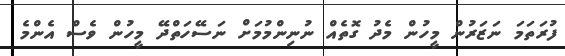
ފުރަތަމަ ނަޒަރުން މީހުން މެދު ގޮތެއް ނުނިންމުމަށް ނަސޭހަތްދޭ މީހުން ވެސް އެންމެ